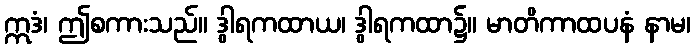
ဣဒံ၊ ဤစကားသည်။ ဒွါရကထာယ၊ ဒွါရကထာ၌။ မာတိကာထပနံ နာမ၊